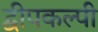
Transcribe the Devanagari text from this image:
द्वीपकल्पी